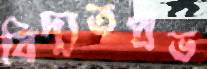
বিদ্যুতপ্রভ